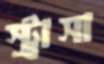
স্ট্রাসা